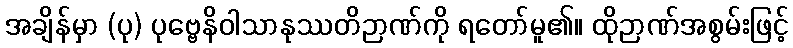
အချိန်မှာ (ပု) ပုဗ္ဗေနိဝါသာနုဿတိဉာဏ်ကို ရတော်မူ၏။ ထိုဉာဏ်အစွမ်းဖြင့်